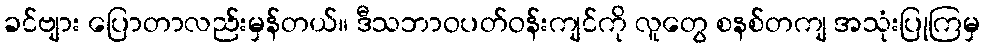
ခင်ဗျား ပြောတာလည်းမှန်တယ်။ ဒီသဘာဝပတ်ဝန်းကျင်ကို လူတွေ စနစ်တကျ အသုံးပြုကြမှ